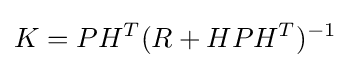
K=PH^{T}(R+HPH^{T})^{-1}